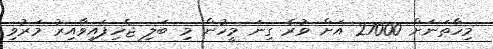
މިހާތަނަށް 27000 އަށް ވުރެ ގިނަ މީހުން މި ބަލި ޖެހިފައިވާއިރު މަރުވި